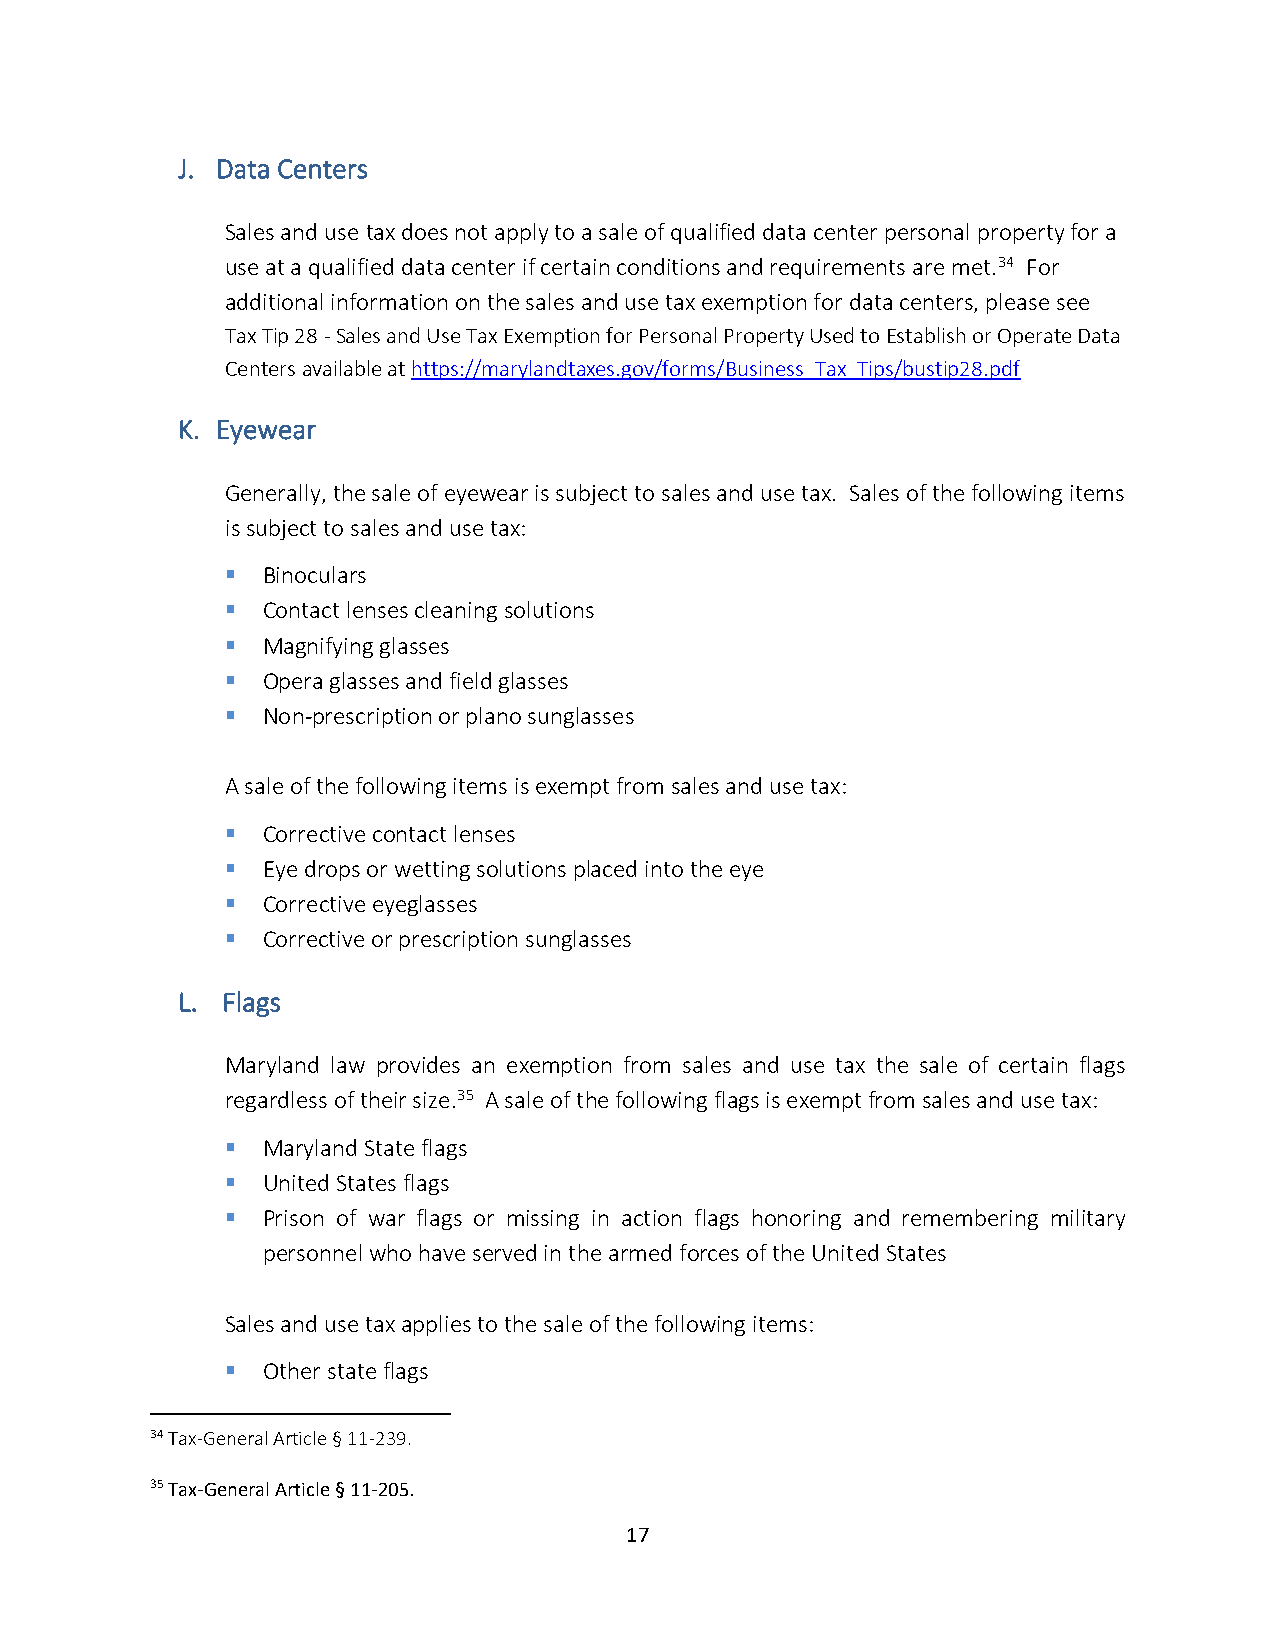
J. Data Centers
 Sales and use tax does not apply to a sale of qualified data center personal property for a
 use at a qualified data center if certain conditions and requirements are met.34 For
 additional information on the sales and use tax exemption for data centers, please see
 Tax Tip 28 - Sales and Use Tax Exemption for Personal Property Used to Establish or Operate Data
 Centers available at https://marylandtaxes.gov/forms/Business_Tax_Tips/bustip28.pdf
 K. Eyewear
 Generally, the sale of eyewear is subject to sales and use tax. Sales of the following items
 is subject to sales and use tax:
 ▪ Binoculars
 ▪ Contact lenses cleaning solutions
 ▪ Magnifying glasses
 ▪ Opera glasses and field glasses
 ▪ Non-prescription or plano sunglasses
 A sale of the following items is exempt from sales and use tax:
 ▪ Corrective contact lenses
 ▪ Eye drops or wetting solutions placed into the eye
 ▪ Corrective eyeglasses
 ▪ Corrective or prescription sunglasses
 L. Flags
 Maryland law provides an exemption from sales and use tax the sale of certain flags
 regardless of their size.35 A sale of the following flags is exempt from sales and use tax:
 ▪ Maryland State flags
 ▪ United States flags
 ▪ Prison of war flags or missing in action flags honoring and remembering military
 personnel who have served in the armed forces of the United States
 Sales and use tax applies to the sale of the following items:
 ▪ Other state flags
 34 Tax-General Article § 11-239.
 35 Tax-General Article § 11-205.
 17